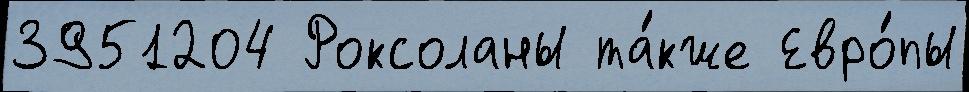
3951204 Роксоланы та́кже Евро́пы